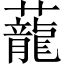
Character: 蘢